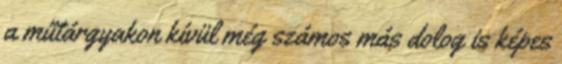
a műtárgyakon kívül még számos más dolog is képes